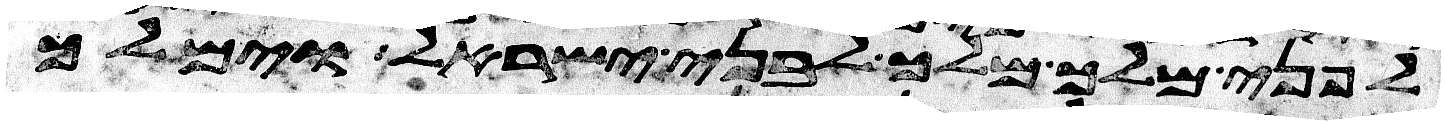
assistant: לפני מלך מלך לבני ישראל וימלך